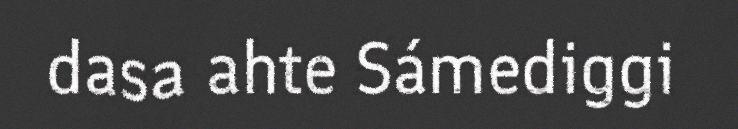
dasa ahte Sámediggi